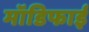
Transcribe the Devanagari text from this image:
मॉडिफाई